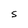
Character: 5